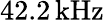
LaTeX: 42.2\, \mathrm{kHz}